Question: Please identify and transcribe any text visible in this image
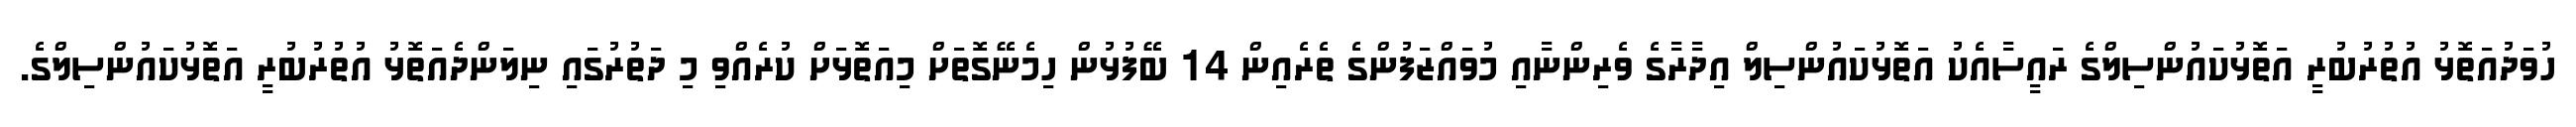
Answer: ހުވަދުއަތޮޅު އުތުރުބުރީ އަތޮޅުކައުންސިލްގެ ރައީސާއެކު އަތޮޅުކައުންސިލް އިދާރާގެ ވެރިންނާއި މުވައްޒަފުންގެ ތެރެއިން 14 ބޭފުޅުން ހިމެނޭގޮތަށް މިއަތޮޅަށް ކުރެއްވި މި ދަތުރުގައި ނިލަންދެއަތޮޅު އުތުރުބުރީ އަތޮޅުކައުންސިލްގެ.